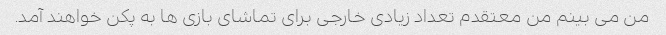
من می بینم من معتقدم تعداد زیادی خارجی برای تماشای بازی ها به پکن خواهند آمد.